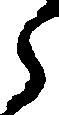
ら